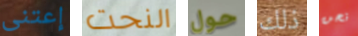
إعتنى النحت حول ذلك نحن